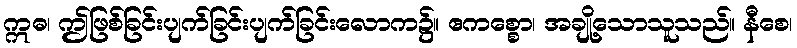
ဣဓ၊ ဤဖြစ်ခြင်းပျက်ခြင်းပျက်ခြင်းလောက၌။ ဧကစ္စော၊ အချို့သောသူသည်။ နီစေ၊